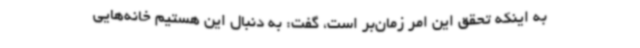
به اینکه تحقق این امر زمان‌بر است، گفت: به دنبال این هستیم خانه‌هایی